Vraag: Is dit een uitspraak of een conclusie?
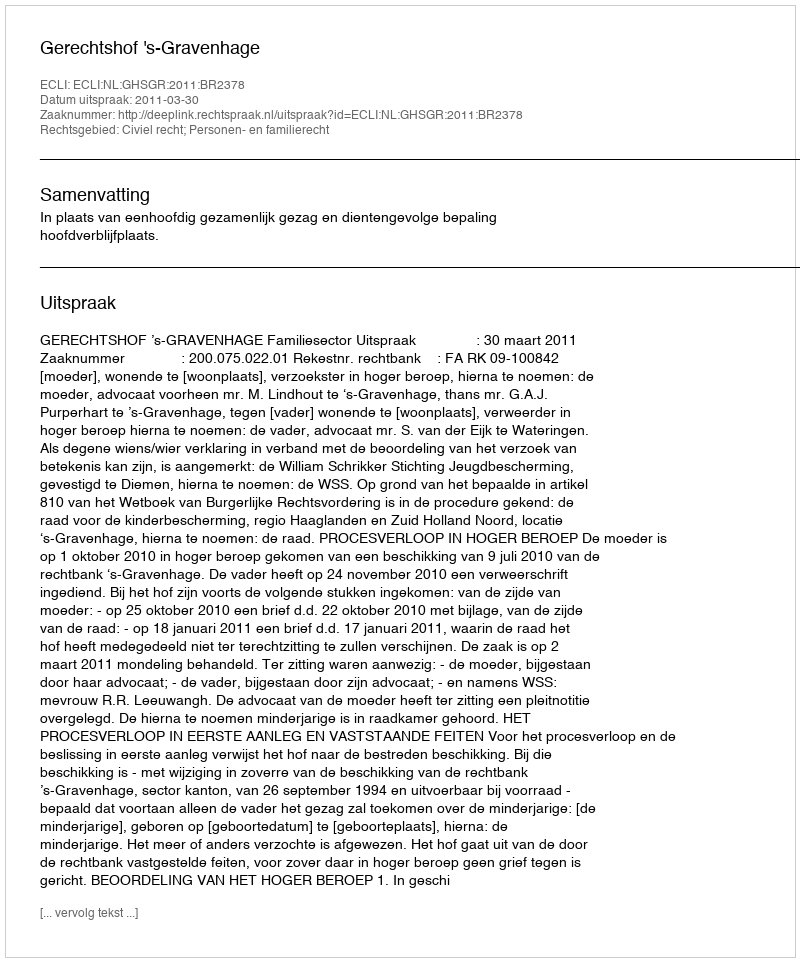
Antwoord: Uitspraak